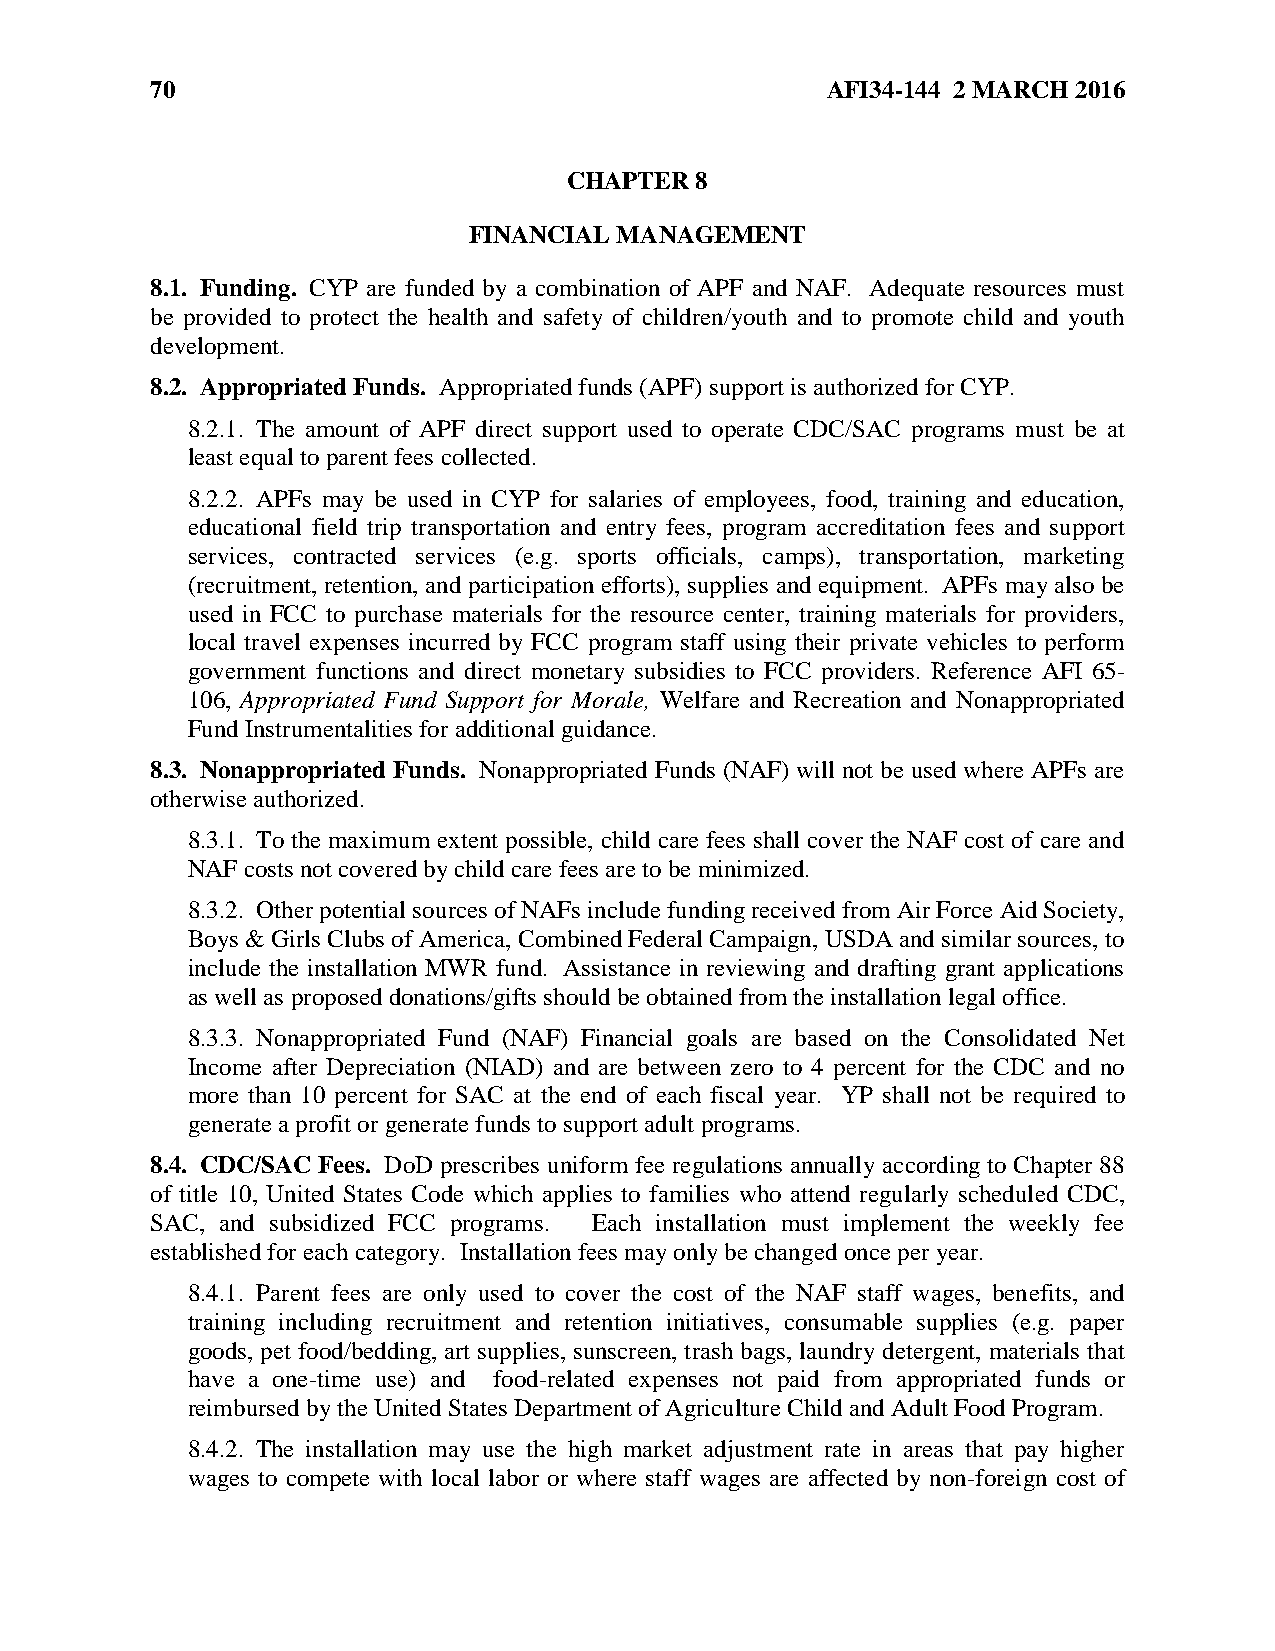
70                                           AFI34-144 2 MARCH 2016
 CHAPTER 8
 FINANCIAL MANAGEMENT
 8.1. Funding. CYP are funded by a combination of APF and NAF. Adequate resources must
 be provided to protect the health and safety of children/youth and to promote child and youth
 development.
 8.2. Appropriated Funds. Appropriated funds (APF) support is authorized for CYP.
 8.2.1. The amount of APF direct support used to operate CDC/SAC programs must be at
 least equal to parent fees collected.
 8.2.2. APFs may be used in CYP for salaries of employees, food, training and education,
 educational field trip transportation and entry fees, program accreditation fees and support
 services, contracted services (e.g. sports officials, camps), transportation, marketing
 (recruitment, retention, and participation efforts), supplies and equipment. APFs may also be
 used in FCC to purchase materials for the resource center, training materials for providers,
 local travel expenses incurred by FCC program staff using their private vehicles to perform
 government functions and direct monetary subsidies to FCC providers. Reference AFI 65-
 106, Appropriated Fund Support for Morale, Welfare and Recreation and Nonappropriated
 Fund Instrumentalities for additional guidance.
 8.3. Nonappropriated Funds. Nonappropriated Funds (NAF) will not be used where APFs are
 otherwise authorized.
 8.3.1. To the maximum extent possible, child care fees shall cover the NAF cost of care and
 NAF costs not covered by child care fees are to be minimized.
 8.3.2. Other potential sources of NAFs include funding received from Air Force Aid Society,
 Boys & Girls Clubs of America, Combined Federal Campaign, USDA and similar sources, to
 include the installation MWR fund. Assistance in reviewing and drafting grant applications
 as well as proposed donations/gifts should be obtained from the installation legal office.
 8.3.3. Nonappropriated Fund (NAF) Financial goals are based on the Consolidated Net
 Income after Depreciation (NIAD) and are between zero to 4 percent for the CDC and no
 more than 10 percent for SAC at the end of each fiscal year. YP shall not be required to
 generate a profit or generate funds to support adult programs.
 8.4. CDC/SAC Fees. DoD prescribes uniform fee regulations annually according to Chapter 88
 of title 10, United States Code which applies to families who attend regularly scheduled CDC,
 SAC, and subsidized FCC programs. Each installation must implement the weekly fee
 established for each category. Installation fees may only be changed once per year.
 8.4.1. Parent fees are only used to cover the cost of the NAF staff wages, benefits, and
 training including recruitment and retention initiatives, consumable supplies (e.g. paper
 goods, pet food/bedding, art supplies, sunscreen, trash bags, laundry detergent, materials that
 have a one-time use) and food-related expenses not paid from appropriated funds or
 reimbursed by the United States Department of Agriculture Child and Adult Food Program.
 8.4.2. The installation may use the high market adjustment rate in areas that pay higher
 wages to compete with local labor or where staff wages are affected by non-foreign cost of